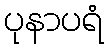
ပုနာပရံ